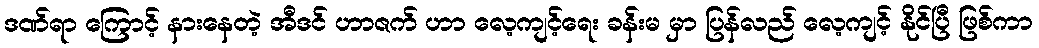
ဒဏ်ရာ ကြောင့် နားနေတဲ့ အီဒင် ဟာဇက် ဟာ လေ့ကျင့်ရေး ခန်းမ မှာ ပြန်လည် လေ့ကျင့် နိုင်ပြီ ဖြစ်ကာ